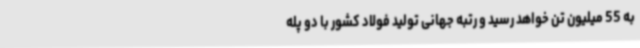
به 55 میلیون تن خواهد رسید و رتبه جهانی تولید فولاد کشور با دو پله